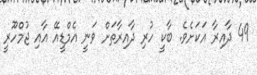
49 ދާއިރާ އަކަށެވެ. ބާކީ ހުރި ދާއިރާތަށް ވަނީ އެމްޑީއޭ އާއި ޖުމްހޫރީ